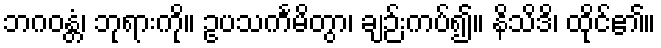
ဘဂဝန္တံ၊ ဘုရားကို။ ဥပသင်္ကမိတွာ၊ ချဉ်းကပ်၍။ နိသိဒိ၊ ထိုင်၏။